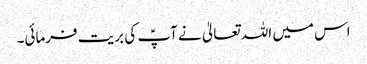
اس میں اللہ تعالیٰ نے آپؑ کی بریت فرمائی۔